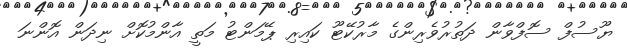
ޔޫސުފް ސޮފްވާން ދަތުރުވެރިންގެ މާރުކޭޓޫ ކައިރި ޕޭމަންޓު މަތީ އާންމުކޮށް ނިދަން އޮންނަ